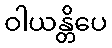
ဝါယန္တိပေ